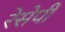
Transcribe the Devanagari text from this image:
रेसेपी